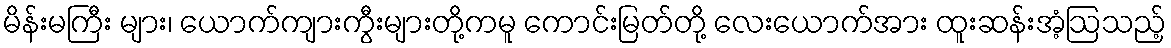
မိန်းမကြီး များ၊ ယောက်ကျားကွီးများတို့ကမူ ကောင်းမြတ်တို့ လေးယောက်အား ထူးဆန်းအံ့ဩသည့်